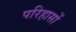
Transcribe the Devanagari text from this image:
परिहासों